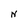
Character: N